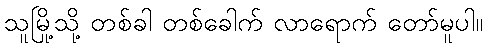
သူမြို့သို့ တစ်ခါ တစ်ခေါက် လာရောက် တော်မူပါ။